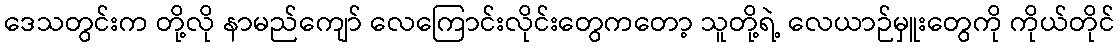
ဒေသတွင်းက တို့လို နာမည်ကျော် လေကြောင်းလိုင်းတွေကတော့ သူတို့ရဲ့ လေယာဉ်မှူးတွေကို ကိုယ်တိုင်